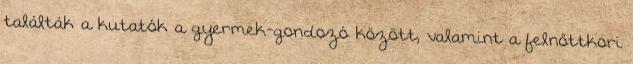
találták a kutatók a gyermek-gondozó között, valamint a felnőttkori